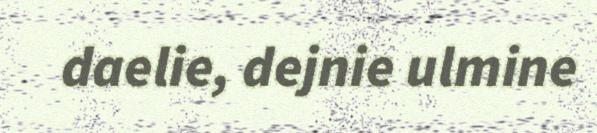
daelie, dejnie ulmine